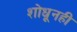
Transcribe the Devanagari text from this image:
शोधूनही